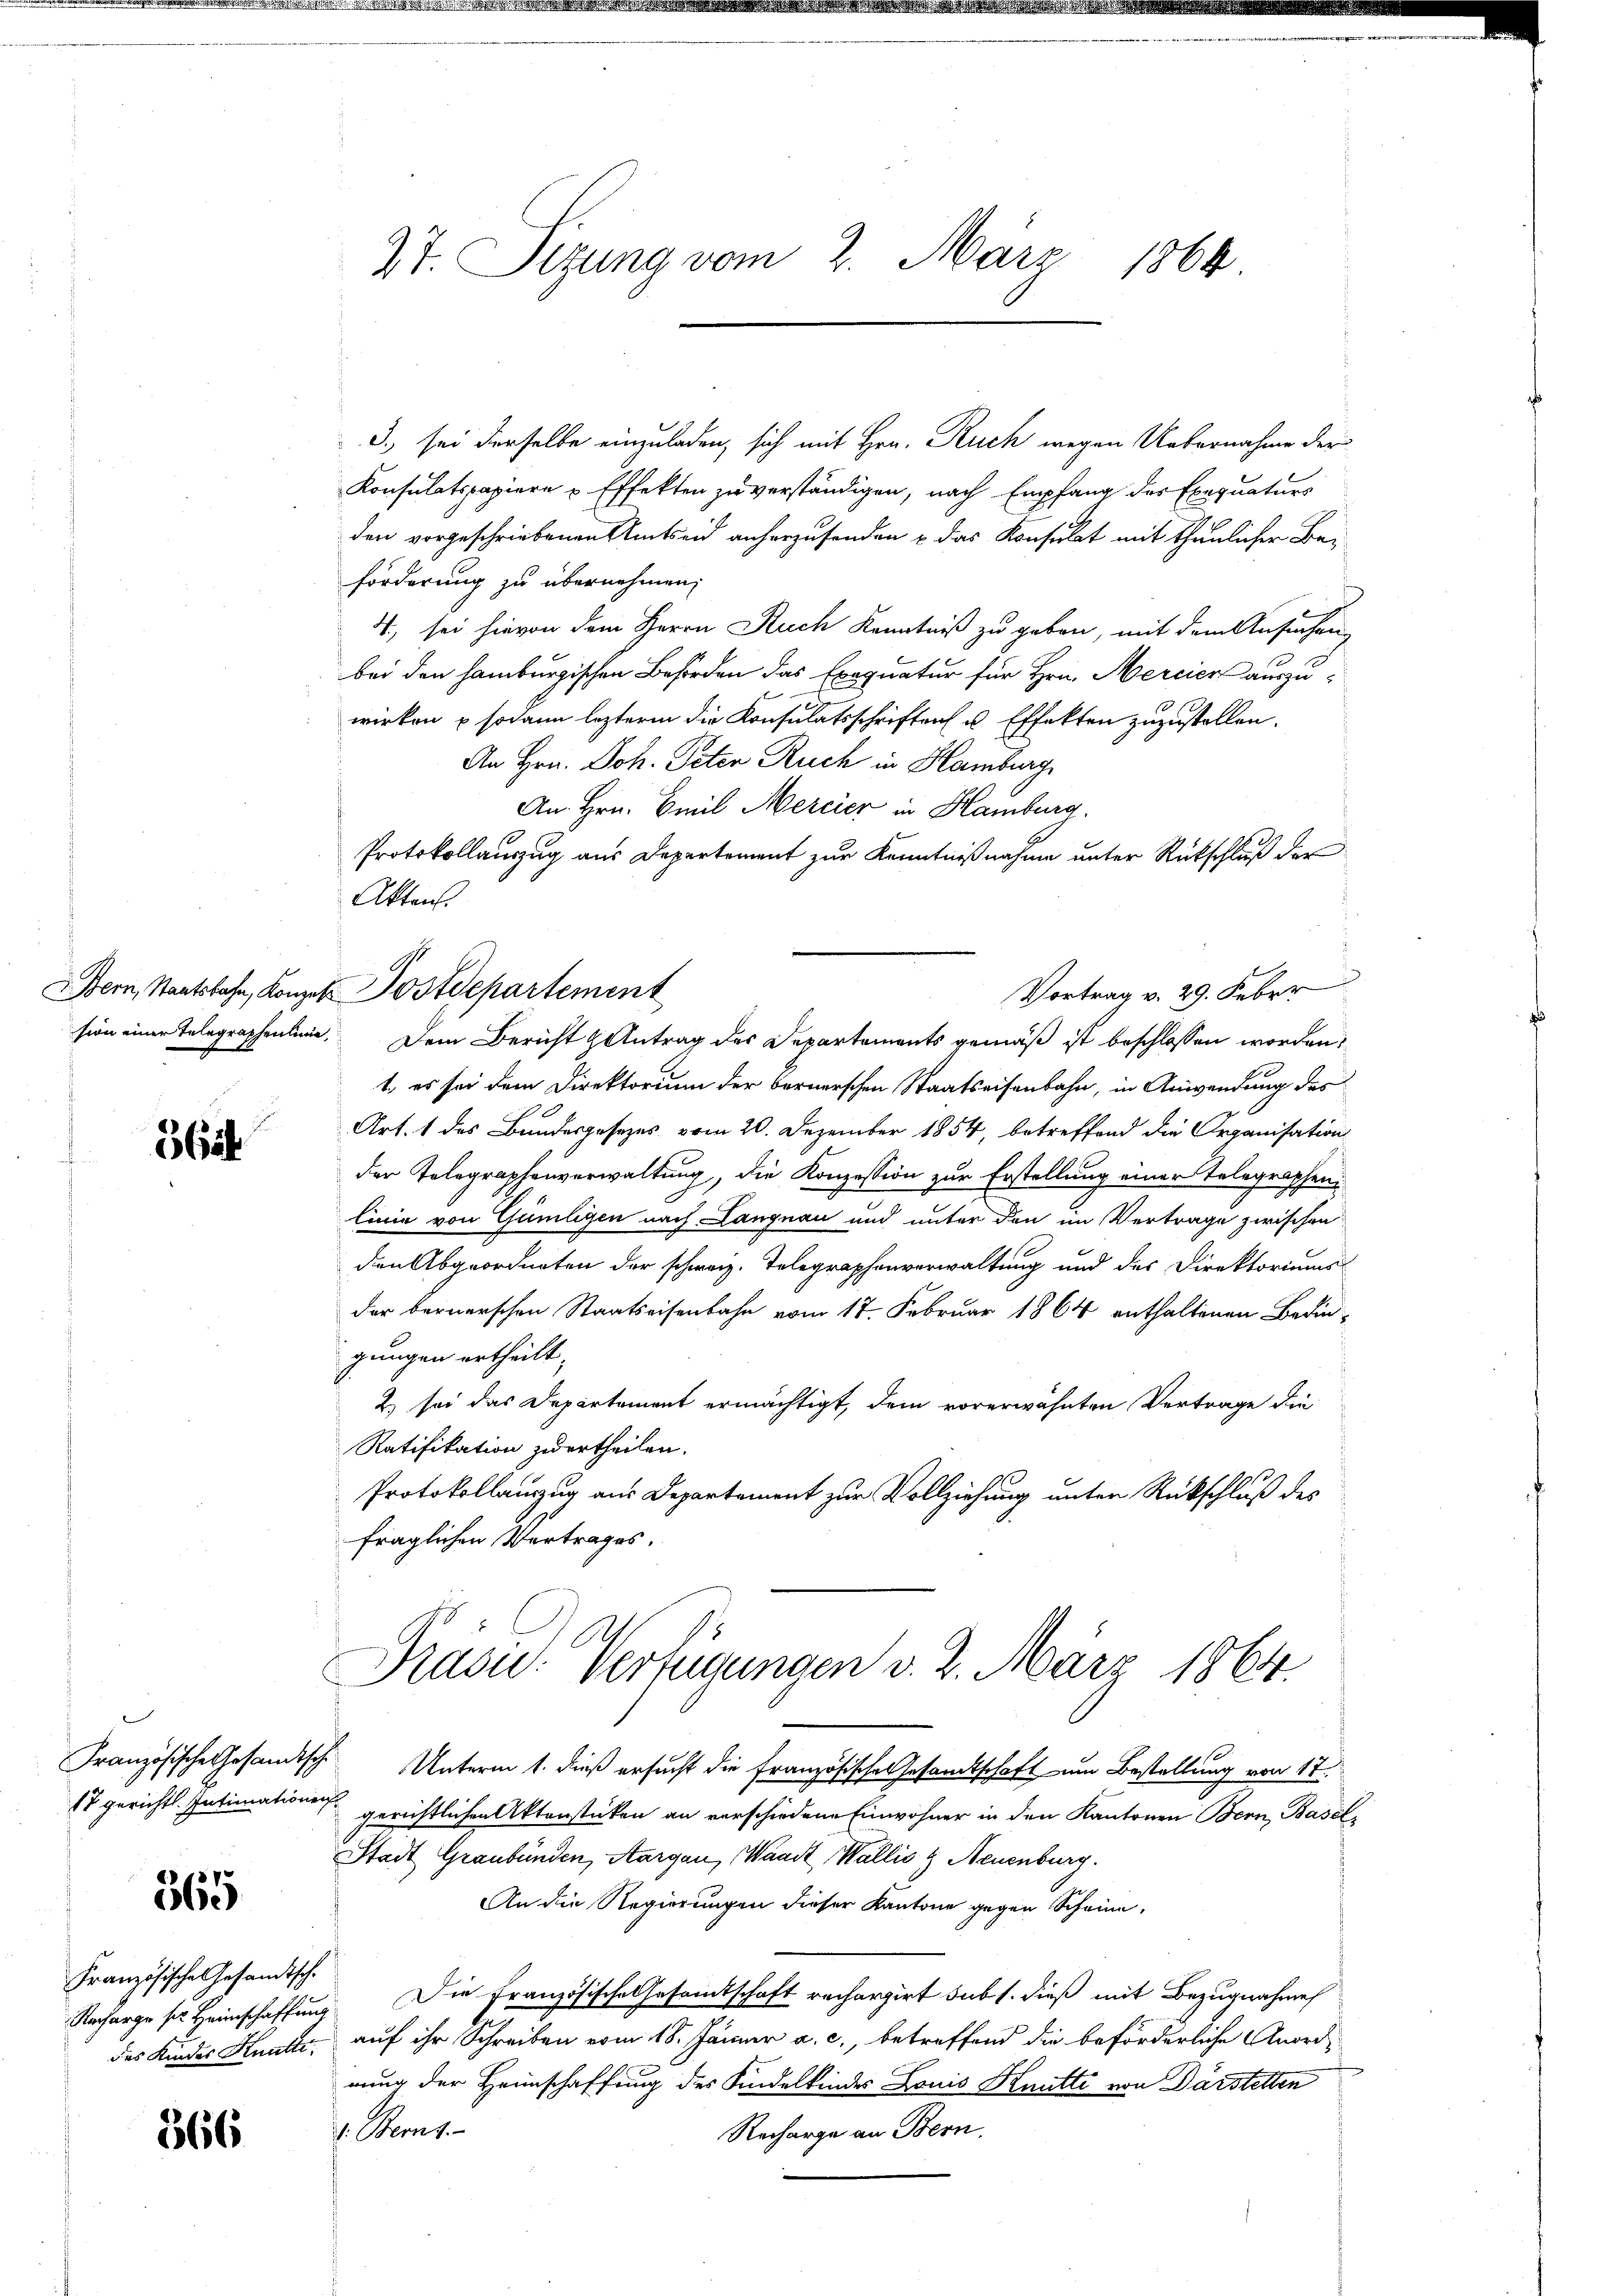
362

565

Französische Gesandtsch

27. Sizung vom 2. März 1864.

3.) sei derselbe einzuladen, sich mit Hrn. Ruch wegen Uebernahme der
Konsulatspapiere Effekten zu verständigen, nach Empfang des Exequaturs
den vorgeschriebenen Amtseid anherzusenden u das Konsulat mit thunlicher Bei
förderung zu übernehmen,
4., sei hievon dem Herrn Ruch Kenntniß zu geben, mit dem Ansuchen,
bei den Hamburgischen Behörden das Exequatur für Hrn. Mercier auszuwirken & sodann leztere die Konsulatsschriften u. Effekten zuzustellen.
An Hrn. Joh. Peter Ruch in Hamburg
An Hrn. Emil Mercier in Hamburg.
Protokollauszug aus Departement zur Kenntnißnahme unter Rückschluß der
Vortrag v. 29. Feber
sion einer Telegraphenlinie. Dem Bericht Antrag des Departements gemäß ist beschlossen worden,
1., es sei dem Direktorium der bernerschen Staatseisenbahn, in Anwendung des
Art. 1 des Bundesgesetzes vom 20. Dezember 1854, betreffend die Organisation
der Telegraphenverwaltung, die Konzession zur Erstellung einer Telegraphen
linie von Gümlegen nach Langnau und unter den im Vertrage zwischen
den Abgeordneten der schweiz. Telegraphenverwaltung und des Direktoriums
der bernerschen Staatseisenbahn vom 17. Februar 1864 enthaltenen Bedin-
gungen ertheilt,
2) sei das Departement ermächtigt, dem vorerwähnten Vertrage die
Ratifikation zu ertheilen.
Protokollauszug aus Departement zur Vollziehung unter Rückschluß des
fraglichen Vertrages.
Präsid.: Verfügungen v. 2. März 1864.
Französische Gesandtsche Unterm 1. dieß ersucht die französische Gesamtschaft um Bestellung von 17.
17 gerichts. Intimationen gerichtlichen Aktenstücken an verschiedene Einwohner in den Kantonen Bern, Basel
Stadt Graubünden, Aargau, Waadt, Wallis & Neuenburg.
An die Regierungen dieser Kantone gegen Scheine,
Nacharge ser Heimschaffung. Die Französische Gesamtschaft rechargirt sub 1. dieß mit Bezugnahme
des Kinder Knatte, auf ihr Schreiben vom 18. Jänner a. c., betreffend die beförderliche Anordnung der Heimschaffung des Kindelkindes Louis Knutti von Darstelten
Recharge an Bern.
266 V. Berns

Akten.
Bern, Staatsbahn, Konzel Postdepartement